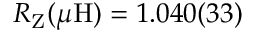
R _ { \mathrm { Z } } ( \mu \mathrm { H } ) = 1 . 0 4 0 ( 3 3 )